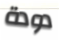
دودة